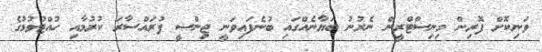
ވަނިކޮށް ފޮރިން މިނިސްޓްރީން ނެރުނު ބަޔާނެއްގައި ބުނެފައިވަނީ ޖިންސީ ފުރައްސާރަ ކުރުމާއި ހުއްޓުވުމުގެ